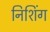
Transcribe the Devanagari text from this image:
निशिंग